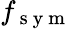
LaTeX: f_{\mathrm{~s~y~m~}}